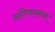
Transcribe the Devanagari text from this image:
अंतिमासन्ऩ